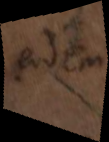
eodem